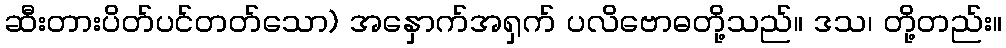
ဆီးတားပိတ်ပင်တတ်သော) အနှောက်အရှက် ပလိဗောဓတို့သည်။ ဒသ၊ တို့တည်း။